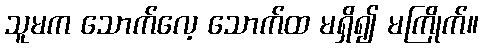
သူမက သောက်လေ့ သောက်ထ မရှိ၍ မကြိုက်။